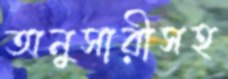
অনুসারীসহ